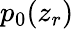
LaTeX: p_{0}(z_{r})